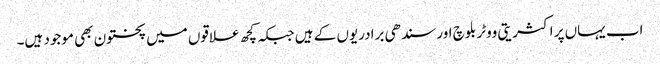
اب یہاں پر اکثریتی ووٹر بلوچ اور سندھی برادریوں کے ہیں جبکہ کچھ علاقوں میں پختون بھی موجود ہیں۔